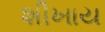
શીખાય